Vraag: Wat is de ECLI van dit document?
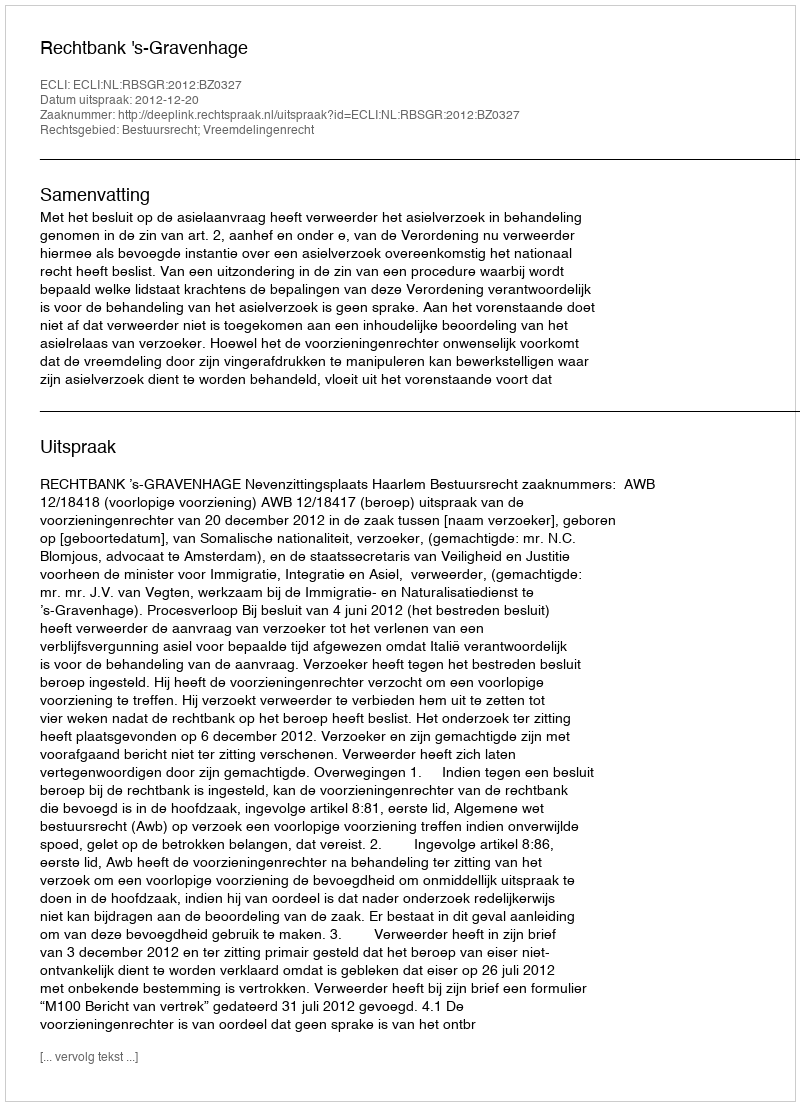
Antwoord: ECLI:NL:RBSGR:2012:BZ0327